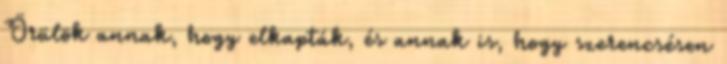
Örülök annak, hogy elkapták, és annak is, hogy szerencsésen